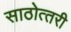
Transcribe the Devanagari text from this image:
साठोत्‍तरी